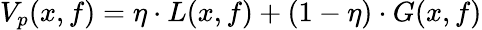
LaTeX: V_{p}(x,f)=\eta\cdot L(x,f)+(1-\eta)\cdot G(x,f)